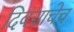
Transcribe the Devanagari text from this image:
दिवसाचेच